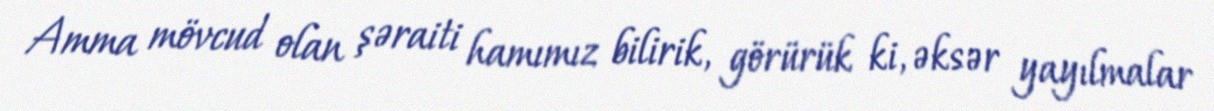
Amma mövcud olan şəraiti hamımız bilirik, görürük ki, əksər yayılmalar